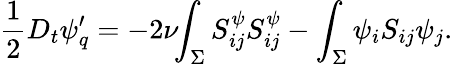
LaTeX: \frac{1}{2}D_{t}{\psi}_{q}^{\prime}=-2\nu\! \! \int_{\Sigma}S_{ij}^{\psi}S_{ij}^{\psi}-\int_{\Sigma}{\psi}_{i}S_{ij}{\psi}_{j}.